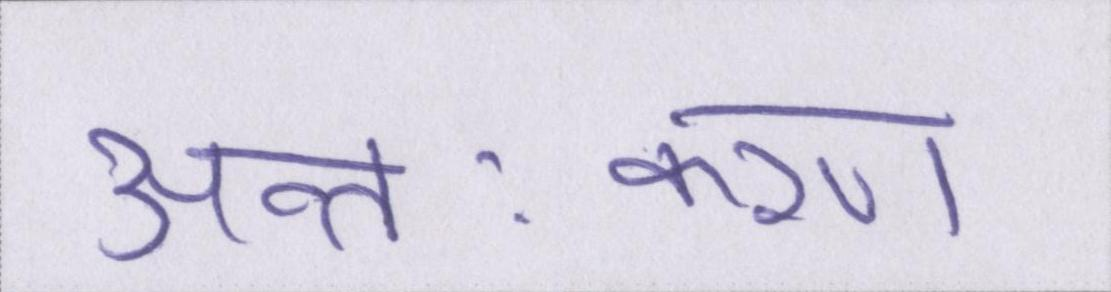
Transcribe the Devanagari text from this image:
अन्तःकरण